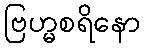
ဗြဟ္မစရိနော